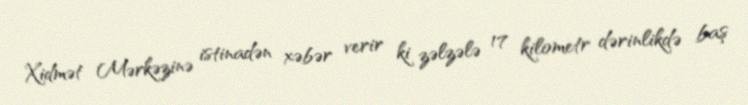
Xidmət Mərkəzinə istinadən xəbər verir ki zəlzələ 17 kilometr dərinlikdə baş